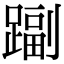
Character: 𨄩